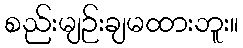
စည်းမျဉ်းချမထားဘူး။